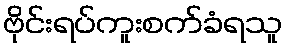
ဗိုင်းရပ်ကူးစက်ခံရသူ